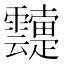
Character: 𲊓